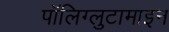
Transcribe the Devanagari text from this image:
पॉलिग्लुटामाइन